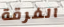
الفرقة